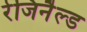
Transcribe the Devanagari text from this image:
रेजिनैल्ड